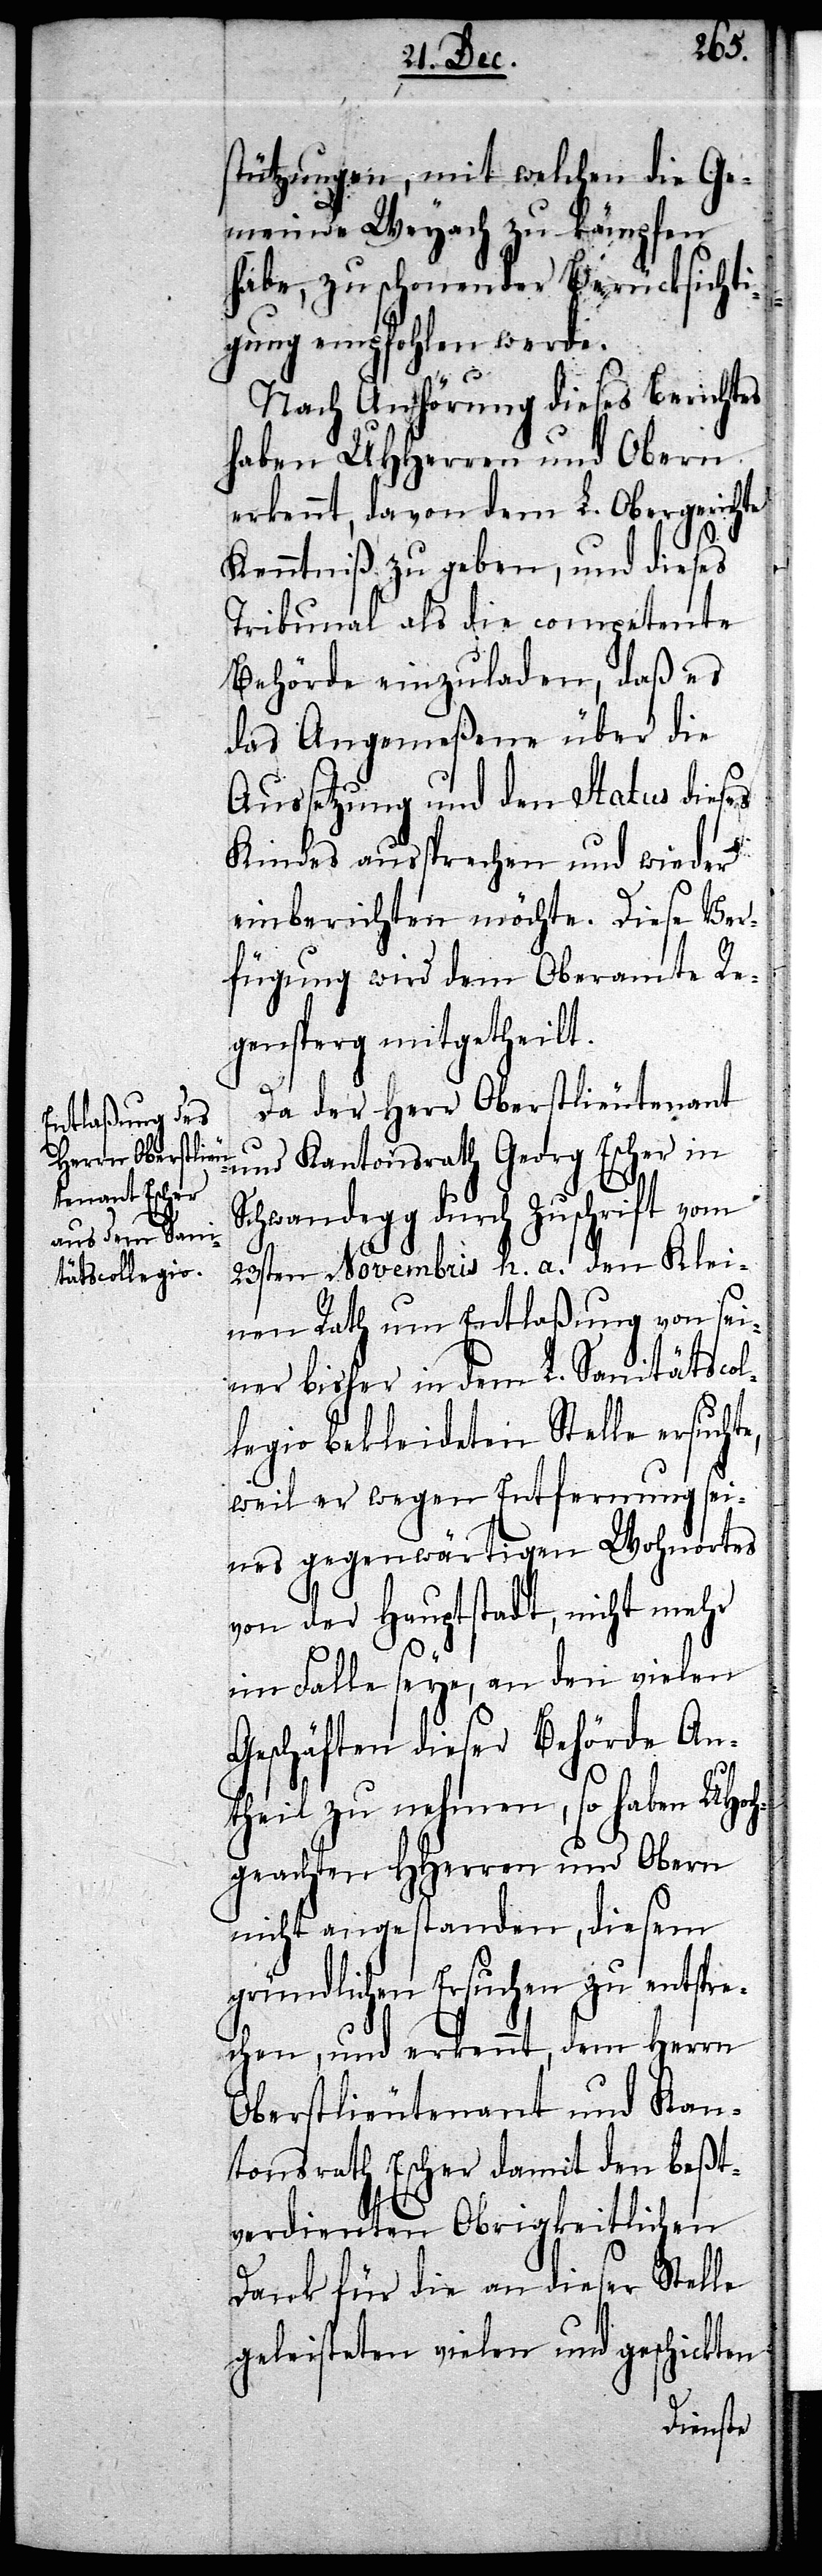
e,

stützungen, mit welchen die Ge¬
meinde Weyach zu kämpfen
habe, zu schonender Berücksichti¬
gung empfohlen werde.
Nach Anhörung dieses Berichtes
hten HHerren und Obern
erkennt, davon dem L. Obergerichte
Kenntniß zu geben, und dieses
Tribunal als die competente
Behörde einzuladen, daß es
das Angemeßene über die
Aussetzung und den Status dieses
Kindes aussprechen und wieder
einberichten möchte. Diese Ver¬
fügung wird dem Oberamte Re¬
gensperg mitgetheilt.
Da der Herr Oberstlieutenant
und Kantonsrath Georg Escher in
Schwandegg durch Zuschrift vom
geac¬
23sten Novembris h. a. den Klei¬
nen Rath um Entlaßung von sei¬
ner bisher in dem L. Sanitätscol¬
legio bekleideten Stelle ersucht¬
weil er wegen Entfernung sei¬
nes gegenwärtigen Wohnortes
von der Hauptstadt, nicht mehr
im Falle seye, an den vielen
Geschäften dieser Behörde An¬
theil zu nehmen, so haben UHoch¬
nicht angestanden, diesem
gründlichen Ersuchen zu entspre¬
chen, und erkennt, dem Herrn
Oberstlieutenant und Kan¬
tonsrath Escher damit den beßt¬
verdienten Obrigkeitlichen
Dank für die an dieser Stelle
geleisteten vielen und geschickten